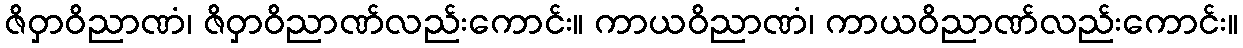
ဇိဝှာဝိညာဏံ၊ ဇိဝှာဝိညာဏ်လည်းကောင်း။ ကာယဝိညာဏံ၊ ကာယဝိညာဏ်လည်းကောင်း။